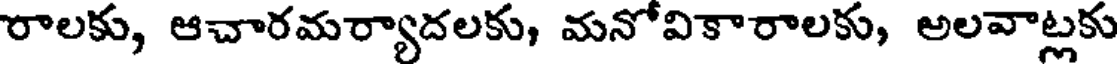
రాలకు, ఆచారమర్యాదలకు, మనోవికారాలకు, అలవాట్లకు